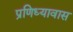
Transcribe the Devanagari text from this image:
प्रणिध्यावास